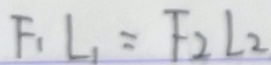
F _ { 1 } L _ { 1 } = F _ { 2 } L _ { 2 }